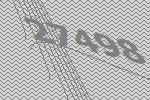
27498